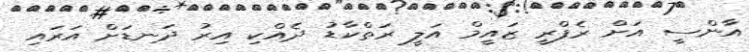
އާންސީ އަށް ރެފްރީ ޒައީމް އަލީ ރަތްކާޑު ދެއްކި އިރު ދަނޑަށް އަރައި